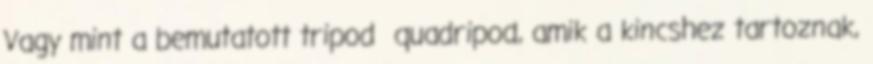
Vagy mint a bemutatott tripod quadripod, amik a kincshez tartoznak,